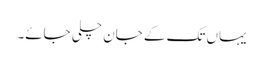
یہاں تک کے جان چلی جائے۔